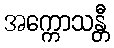
အက္ကောသန္တီ